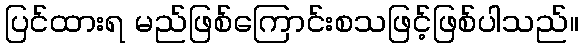
ပြင်ထားရ မည်ဖြစ်ကြောင်းစသဖြင့်ဖြစ်ပါသည်။